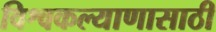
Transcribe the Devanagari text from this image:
विश्वकल्याणासाठी